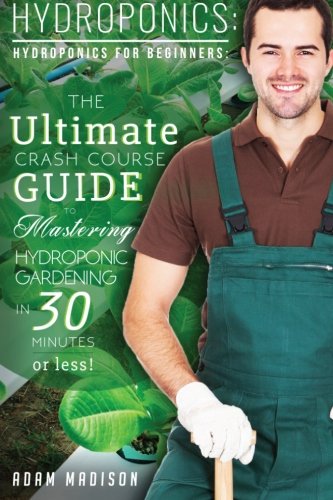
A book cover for Hydroponic Gardening: The Ultimate Crash Course Guide to Mastering Hydroponics for Beginners in 24 Hours or Less! (Hydroponics - Hydroponics for ... - Hydroponics Books - Organic Gardening); Adam Madison; Crafts, Hobbies & Home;